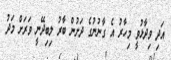
އަދި ވިދާޅުވީ މިހާރު އެ ގާނުނުގެ ދަށުން ބާރު ލިބިދޭނީ ވަރަށް މަދު